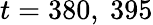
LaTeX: t=380,\ 395